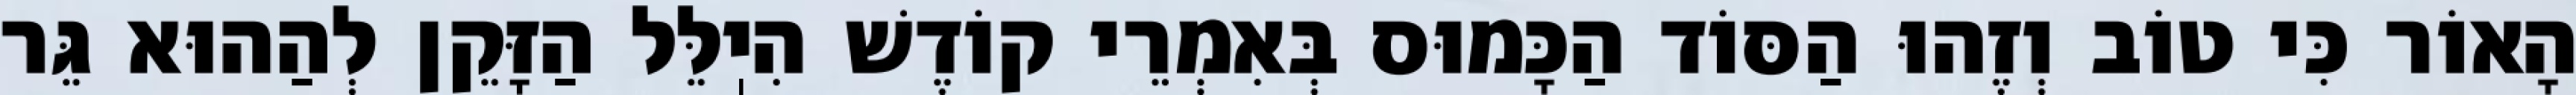
הָאוֹר כִּי טוֹב וְזֶהוּ הַסּוֹד הַכָּמוּס בְּאִמְרֵי קוֹדֶשׁ הִיֽלֵּל הַזָּקֵן לְהַהוּא גֵּר